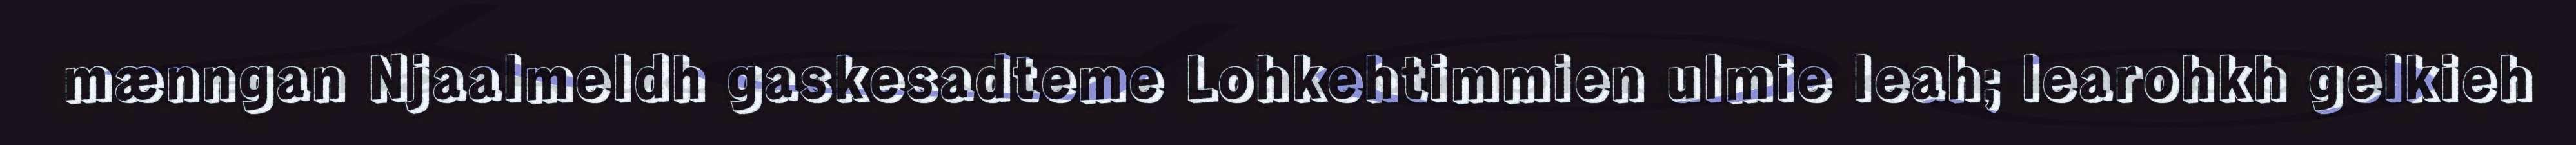
mænngan Njaalmeldh gaskesadteme Lohkehtimmien ulmie leah; learohkh gelkieh